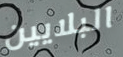
البلايين